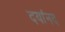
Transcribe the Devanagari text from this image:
दयांनद